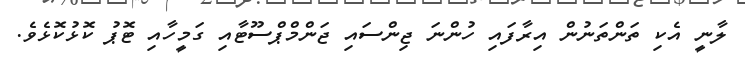
ލާނީ އެކި ތަންތަނުން އިރާފައި ހުންނަ ޖިންސައި ޖަންމްޕްސޫޓާއި ގަމީހާއި ޓޮޕު ކޮޅުކޮޅެވެ.